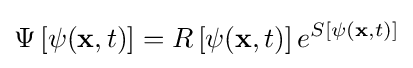
\Psi \left[\psi (\mathbf {x} ,t)\right]=R\left[\psi (\mathbf {x} ,t)\right]e^{S\left[\psi (\mathbf {x} ,t)\right]}